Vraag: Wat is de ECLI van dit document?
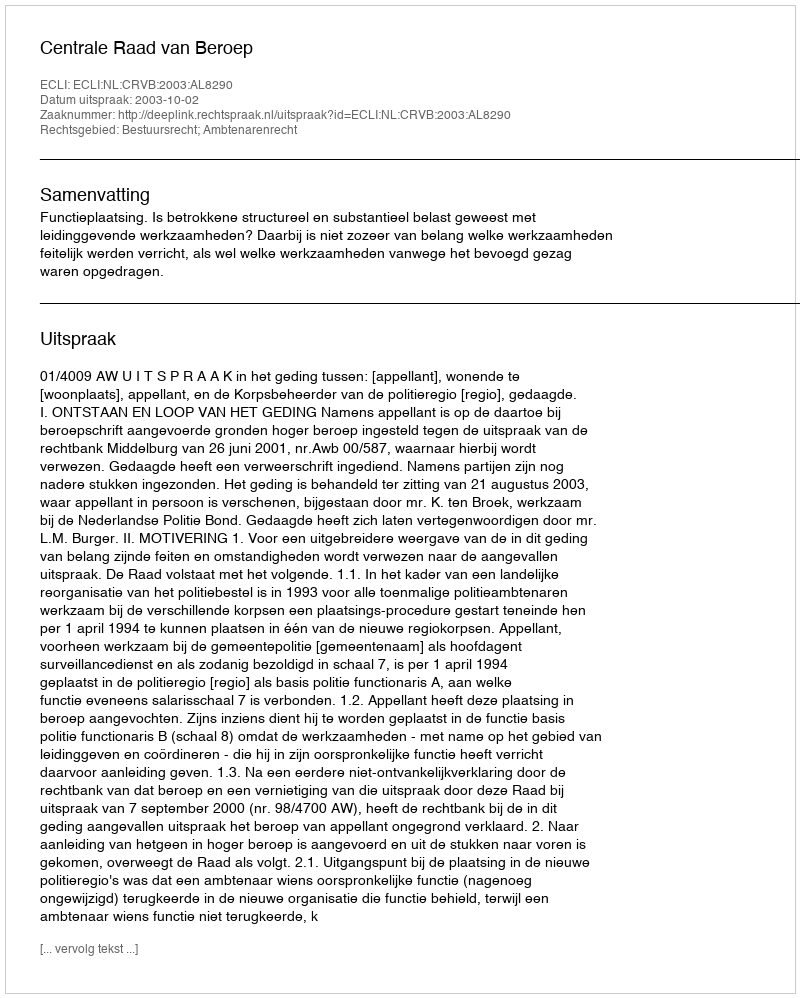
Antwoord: ECLI:NL:CRVB:2003:AL8290